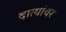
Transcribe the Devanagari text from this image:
दात्यांवर